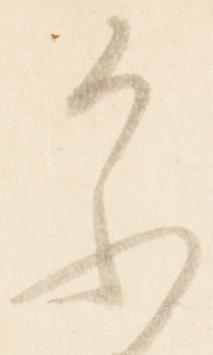
参